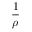
\frac { 1 } { \rho }